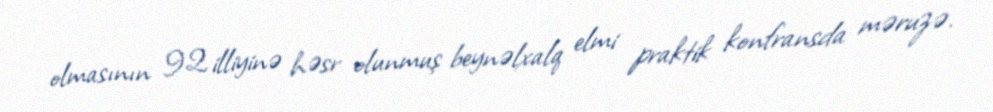
olmasının 92 illiyinə həsr olunmuş beynəlxalq elmi praktik konfransda məruzə.